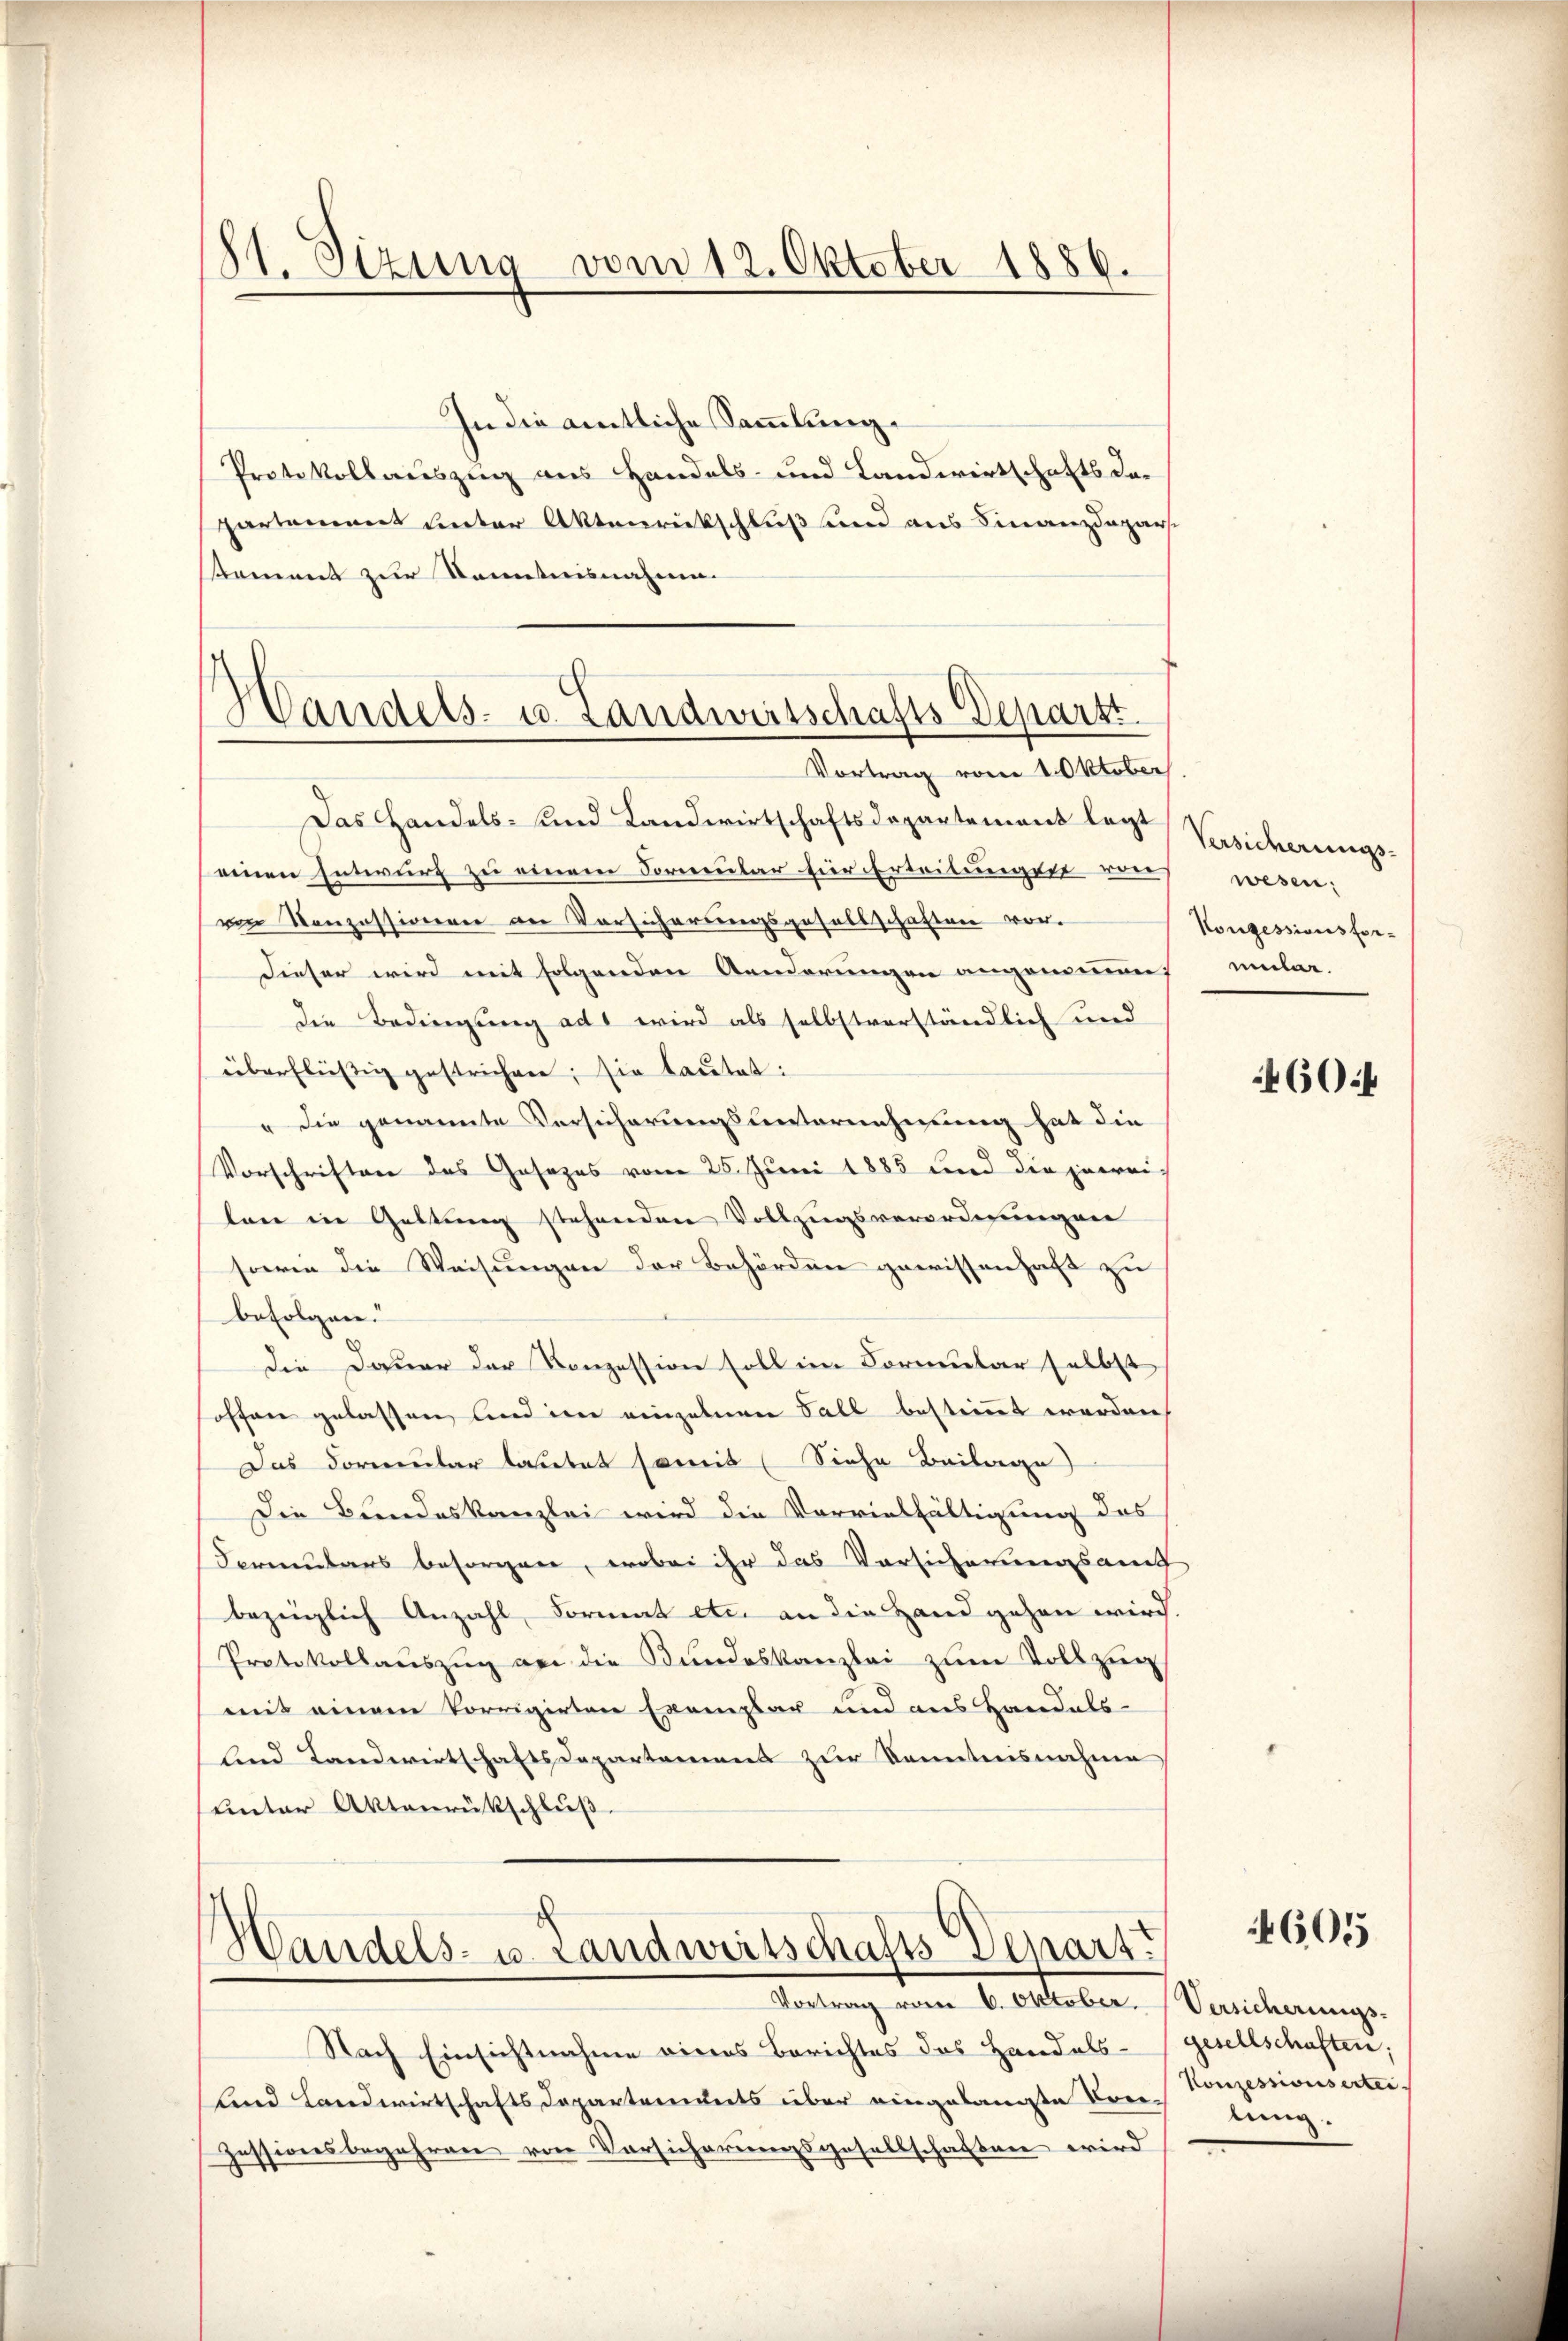
91. Sizung vom 12. Oktober 1886.

Handels- u. Landwirtschafts-Departt

In die amtliche Sammlung.
Protokollauszug aus Handels- und Landwirtschafts dapartement unter Aktenrückschluß und aus Finanzdeparsement zur Kenntnisnahme.
Vortrag vom 1. Oktober
Das Handels- und Landwirtschaftsdepartement legt
einen Entwurf zu einem Formular für Erteilungen von
von Konzessionen an Vorsicherungsgesellschaften vor.
dieser wird mit folgenden Aenderungen angenommen,
die Bedingung ad 1 wird als selbstverständlich und
überfließig gestrichen; sie lautet:
" die genannte Versicherungsunternehmung hat die
Vorschriften des Gesezes vom 25. Juni 1885 und die zureilen in Geltung stehenden Vollzugsverordnungen
sowie die Weisungen der Behörden gewissenhaft zu
befolgen.
die Dauer der Konzession soll im Formular selbst
offen gelassen, und im einzelnen Fall bestimmt werden
Das Formular lautet somit (Siehe Beilage)
Die Bundeskanzlei wird die Vorvielfältigung des
Formulars besorgen, wobei ihr das Vorsicherungsamt
bezeiglich Anzahl, Format etc. an die Hand gehen wird
Protokollauszug an die Bundeskanzlei zum Vollzug
mit einem Vorrigirten Exemplar und aus Handels-
lnd Landwirtschaftsdepartemens zur Kenntnisnahme
unter Aktenrückschluß.

Handels- u. Landweitschafts-Depart

Vortrag vom 6. Oktober.
Nach Einsichtnahme eines Berichtes das Handels-
lnd Landwirtschaftsdepartainets über eingelangte Frei-
jessionsbegehren von Vorsicherungsgesellschaften wird

Versicherungs-
wesen:
Konzessionsformmler.

460 f

605

Versicherungs-
gesellschaften.
Konzessionsertei.
lung.